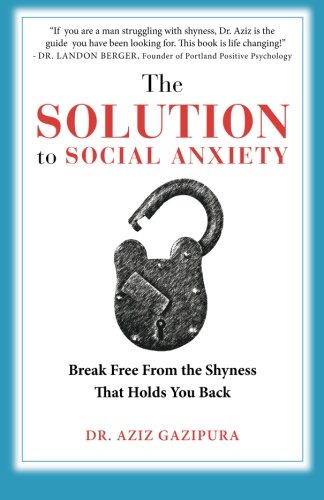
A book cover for The Solution To Social Anxiety: Break Free From The Shyness That Holds You Back; Dr Aziz Gazipura PsyD; Self-Help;